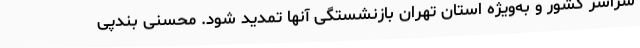
سراسر کشور و به‌ویژه استان تهران بازنشستگی آنها تمدید شود. محسنی بندپی